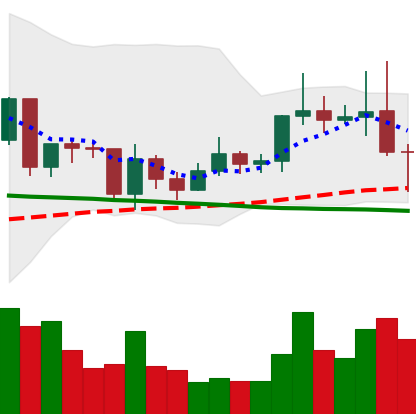
Ticker: ETC-USD
Chart end date: 2020-12-22
Forward return: -5.172%
Label: down_5_7